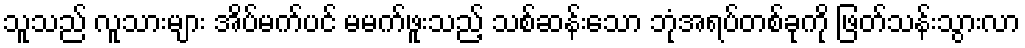
သူသည် လူသားများ အိပ်မက်ပင် မမက်ဖူးသည့် သစ်ဆန်းသော ဘုံအရပ်တစ်ခုကို ဖြတ်သန်းသွားလာ